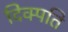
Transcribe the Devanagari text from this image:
दिक्पति